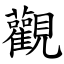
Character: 觀